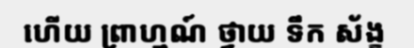
ហើយ ព្រាហ្មណ៍ ថ្វាយ ទឹក ស័ង្ខ